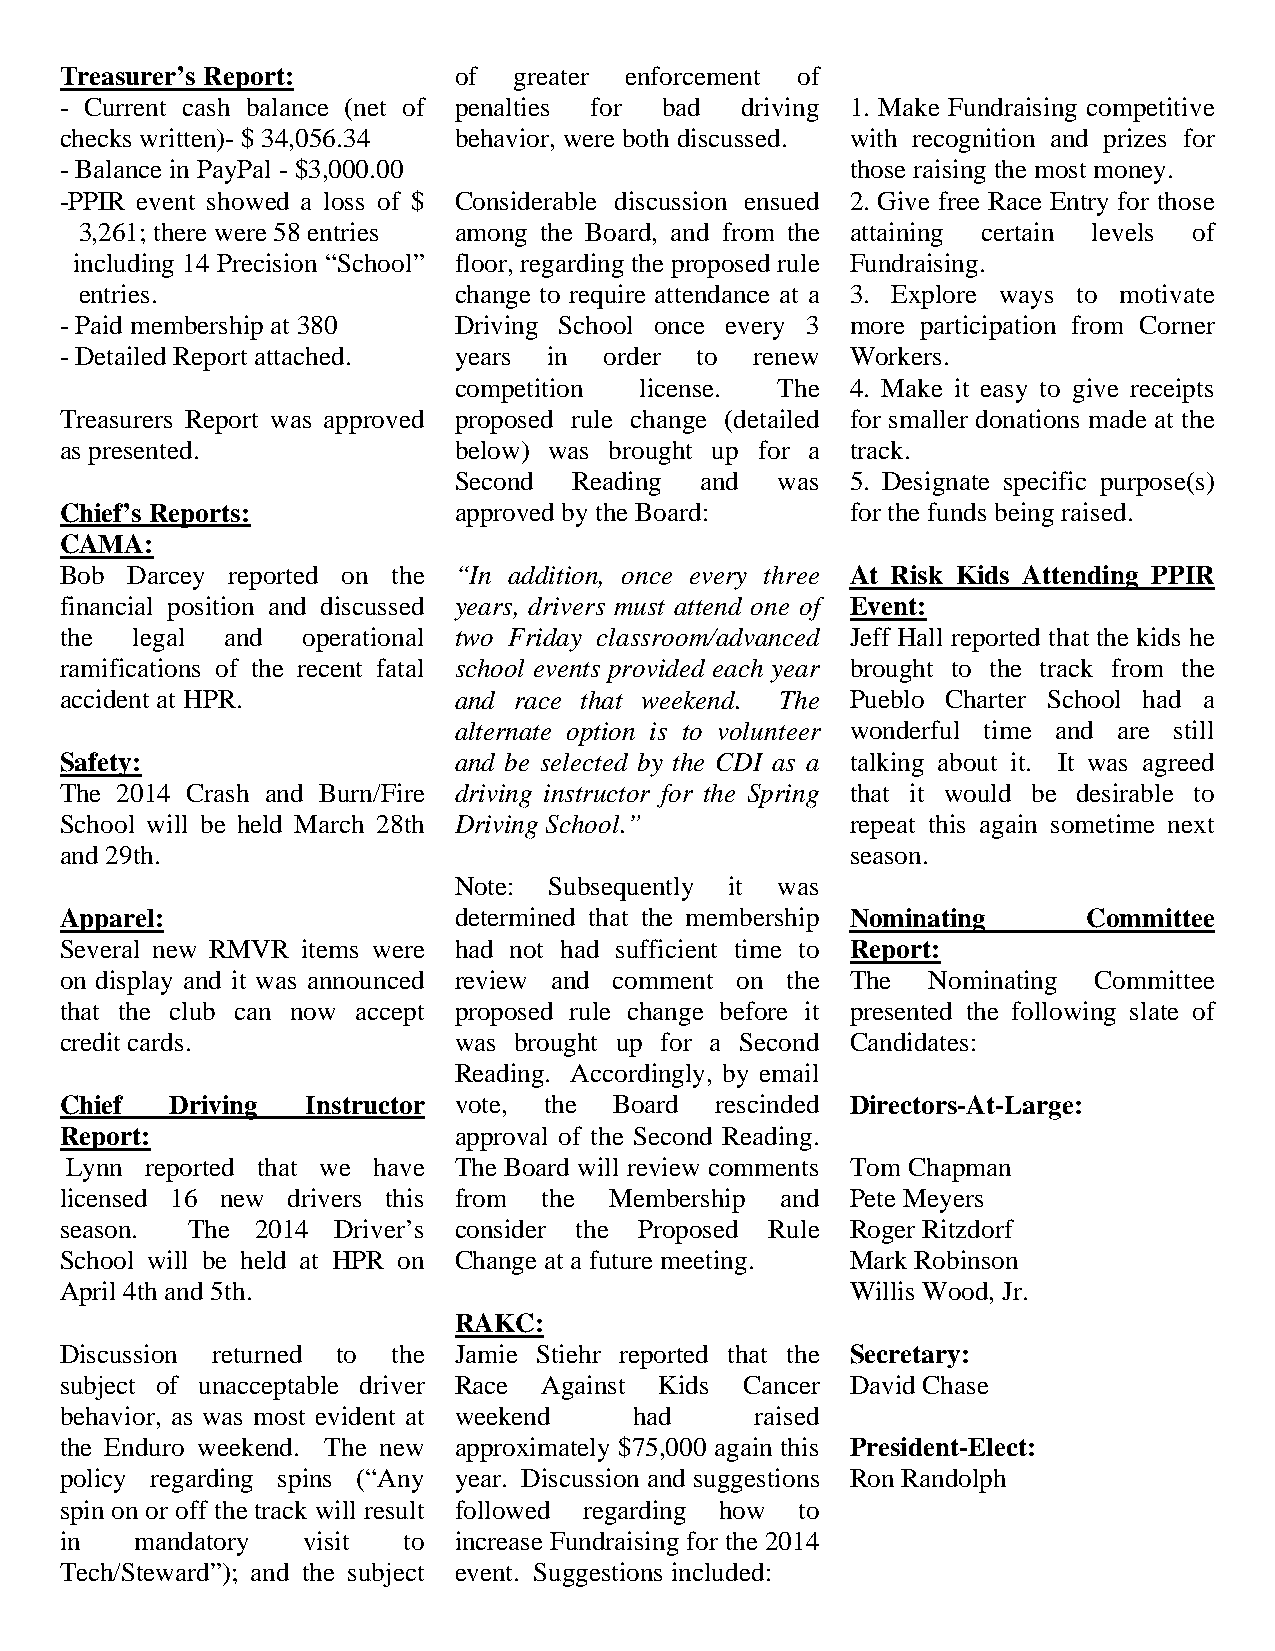
Treasurer’s Report:       of  greater enforcement of
 - Current cash balance (net of penalties for bad driving 1. Make Fundraising competitive
 checks written)- $ 34,056.34 behavior, were both discussed. with recognition and prizes for
 - Balance in PayPal - $3,000.00                     those raising the most money.
 -PPIR event showed a loss of $ Considerable discussion ensued 2. Give free Race Entry for those
 3,261; there were 58 entries among the Board, and from the attaining certain levels of
 including 14 Precision “School” floor, regarding the proposed rule Fundraising.
 entries.                 change to require attendance at a 3. Explore ways to motivate
 - Paid membership at 380  Driving School once every 3 more participation from Corner
 - Detailed Report attached. years in order to renew Workers.
 competition license. The  4. Make it easy to give receipts
 Treasurers Report was approved proposed rule change (detailed for smaller donations made at the
 as presented.             below) was brought up for a track.
 Second  Reading and   was 5. Designate specific purpose(s)
 Chief’s Reports:          approved by the Board:    for the funds being raised.
 CAMA:
 Bob Darcey reported on the “In addition, once every three At Risk Kids Attending PPIR
 financial position and discussed years, drivers must attend one of Event:
 the  legal and  operational two Friday classroom/advanced Jeff Hall reported that the kids he
 ramifications of the recent fatal school events provided each year brought to the track from the
 accident at HPR.          and race that weekend. The Pueblo Charter School had a
 alternate option is to volunteer wonderful time and are still
 Safety:                   and be selected by the CDI as a talking about it. It was agreed
 The 2014 Crash and Burn/Fire driving instructor for the Spring that it would be desirable to
 School will be held March 28th Driving School.”     repeat this again sometime next
 and 29th.                                           season.
 Note: Subsequently it was
 Apparel:                  determined that the membership Nominating Committee
 Several new RMVR items were had not had sufficient time to Report:
 on display and it was announced review and comment on the The Nominating Committee
 that the club can now accept proposed rule change before it presented the following slate of
 credit cards.             was brought up for a Second Candidates:
 Reading. Accordingly, by email
 Chief  Driving  Instructor vote, the Board rescinded Directors-At-Large:
 Report:                   approval of the Second Reading.
 Lynn  reported that we have The Board will review comments Tom Chapman
 licensed 16 new drivers this from the Membership and Pete Meyers
 season. The  2014 Driver’s consider the Proposed Rule Roger Ritzdorf
 School will be held at HPR on Change at a future meeting. Mark Robinson
 April 4th and 5th.                                  Willis Wood, Jr.
 RAKC:
 Discussion returned to the Jamie Stiehr reported that the Secretary:
 subject of unacceptable driver Race Against Kids Cancer David Chase
 behavior, as was most evident at weekend had  raised
 the Enduro weekend. The new approximately $75,000 again this President-Elect:
 policy regarding spins (“Any year. Discussion and suggestions Ron Randolph
 spin on or off the track will result followed regarding how to
 in   mandatory  visit  to increase Fundraising for the 2014
 Tech/Steward”); and the subject event. Suggestions included: